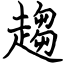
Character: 趨